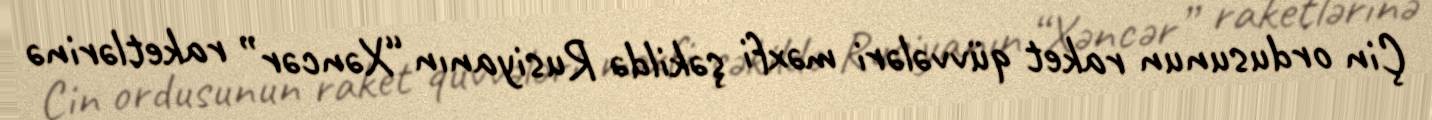
Çin ordusunun raket qüvvələri məxfi şəkildə Rusiyanın “Xəncər” raketlərinə